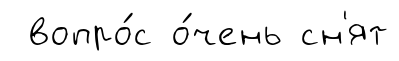
вопро́с о́чень сн'ят